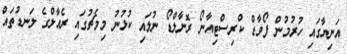
އަނިޔާގައި ހުުރުމުން ފޯވާޑް ކްރިސްޓިއާނޯ ރޮނާލްޑޯ ނުލައި ކުޅުނު މިމެޗުގައި ރެއާލްގެ ލަނޑުތައް